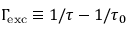
\Gamma \! _ { \mathrm { e x c } } \equiv 1 / \tau - 1 / \tau _ { 0 }